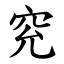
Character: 䆓